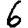
Digit: 6